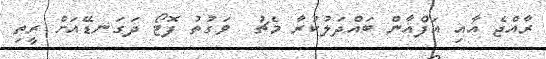
ރާއްޖެ އާއި އަފްޣާން ބައްދަލުކުރާ މެޗު  ވަގުތު ފޮޓޯ ދަގަނޑޭއަށް ރީތި